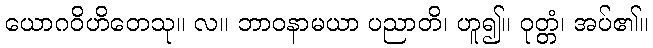
ယောဂဝိဟိတေသု။ လ။ ဘာဝနာမယာ ပညာတိ၊ ဟူ၍။ ဝုတ္တံ၊ အပ်၏။